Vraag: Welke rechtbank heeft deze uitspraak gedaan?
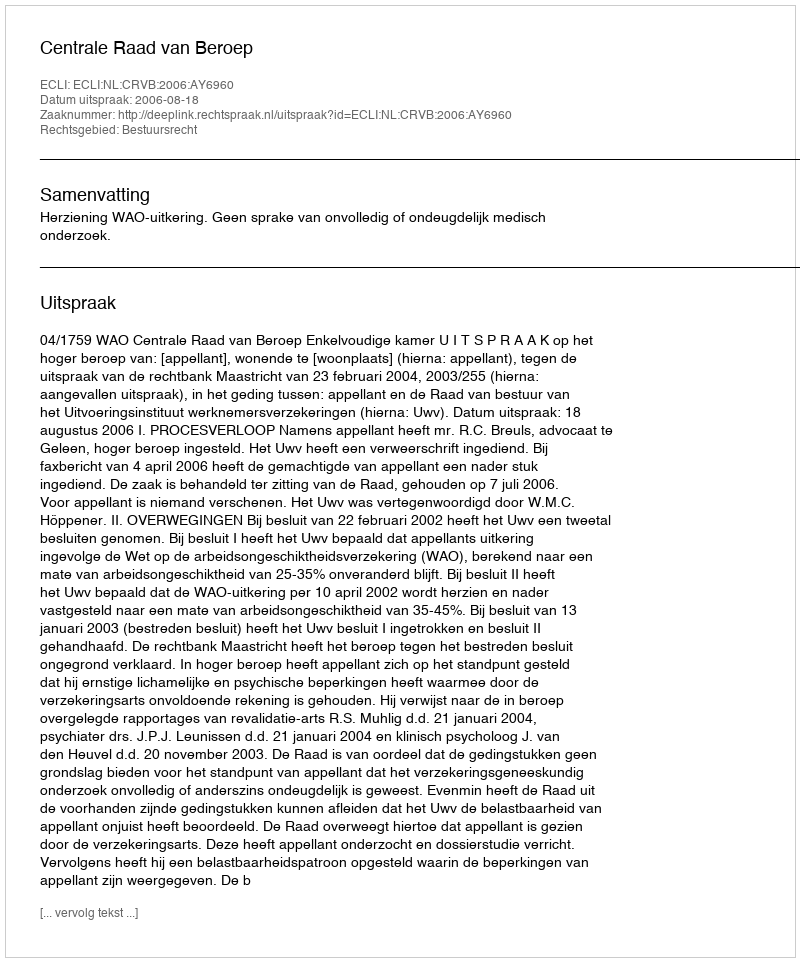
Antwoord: Centrale Raad van Beroep